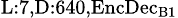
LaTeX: _{\textrm{L}:7,\textrm{D}:640,\textrm{EncDec}_{\textrm{B}1}}